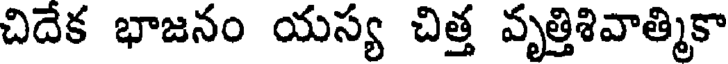
చిదేక భాజనం యస్య చిత్త వృత్తిశివాత్మికా